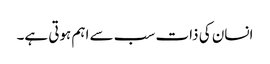
انسان کی ذات سب سے اہم ہوتی ہے۔